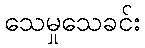
သေမှုသေခင်း